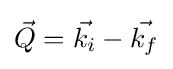
{\vec {Q}}={\vec {k_{i}}}-{\vec {k_{f}}}